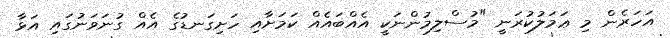
އަހަރެން މި ޢަމަލުކުރަނީ "މުސްލިމުންނަކީ އެއްބައެއް ކަމަށާއި ހަށިގަނޑުގެ އެއް ގުނަވަނުގައި އަޅާ